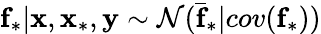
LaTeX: \textbf{f}_{*}|\textbf{x},\textbf{x}_{*},\textbf{y}\sim\mathcal{N}(\bar{\textbf{f}}_{*}|cov(\textbf{f}_{*}))